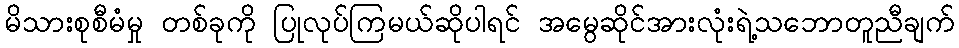
မိသားစုစီမံမှု တစ်ခုကို ပြုလုပ်ကြမယ်ဆိုပါရင် အမွေဆိုင်အားလုံးရဲ့သဘောတူညီချက်